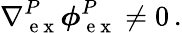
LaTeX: \nabla{}_{\mathrm{~e~x~}}^{P}\boldsymbol\phi{}_{\mathrm{~e~x~}}^{P}\neq 0\, .